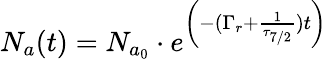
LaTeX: N_{a}(t)=N_{a_{0}}\cdot e^{\left({-(\Gamma_{r}+{\frac{1}{\tau_{7/2}}})t}\right)}